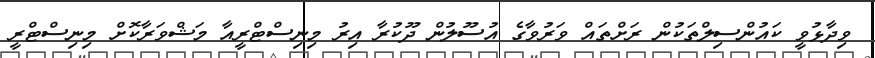
ވިދާޅުވީ ކައުންސިލްތަކުން ރަށްތައް ވަރުވާގެ އުސޫލުން ދޫކުރާ އިރު މިނިސްޓްރީއާ މަޝްވަރާކޮށް މިނިސްޓްރީ